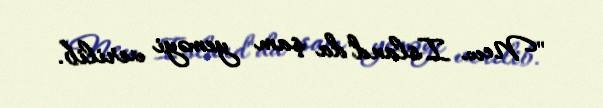
"New Island"da şam yeməyi verilib.